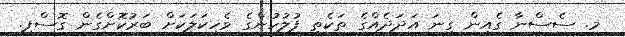
މ. ސެސްނާ ގެއިން ގިނަ އަދަދެއްގެ ތަކެތި ފުލުހުންގެ ވެހިކަލަކަށް ބަރުކޮށްގެން ގޮސްފި.